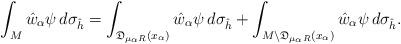
LaTeX: \begin{align*}\int_M\hat{w}_\alpha\psi \,d\sigma_{\hat{h}}=\int_{\mathfrak{D}_{\mu_\alpha R}(x_\alpha)}\hat{w}_\alpha\psi \,d\sigma_{\hat{h}}+\int_{M\setminus \mathfrak{D}_{\mu_\alpha R}(x_\alpha)}\hat{w}_\alpha\psi\, d\sigma_{\hat{h}}.\end{align*}